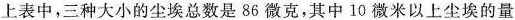
上表中，三种大小的尘埃总数是86微克，其中10微米以上尘埃的量